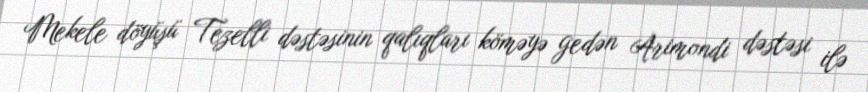
Mekele döyüşü Tezelli dəstəsinin qalıqları köməyə gedən Arimondi dəstəsi ilə